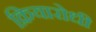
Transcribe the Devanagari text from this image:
क्रियारोधी